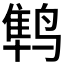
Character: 𱊛